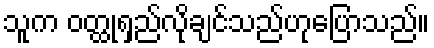
သူက ဝတ္ထုရှည်လိုချင်သည်ဟုပြောသည်။